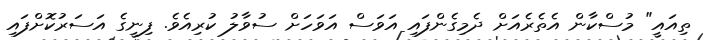
ތިއައީ" މުސްކާން އެތެރެއަށް ދެމިގެންފައި އަވަސް އަވަހަށް ސުވާލު ކުރިއެވެ. ފިނީގެ އަސަރުކޮށްފައި